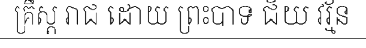
គ្រឹស្ត រាជ ដោយ ព្រះបាទ ជ័យ វរ្ម័ន